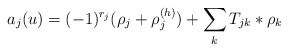
\begin{align*}a_j(u)=(-1)^{r_j}(\rho_j+\rho_j^{(h)})+\sum_kT_{jk}\ast\rho_k\end{align*}